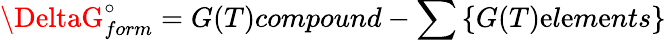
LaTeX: \DeltaG_{form}^{\circ}=G(T)compound-\sum\left\{ G(T)\mathrm{e}l\mathrm{e}m\mathrm{e}nts\right\}